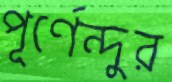
পূর্ণেন্দুর